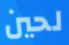
لحين